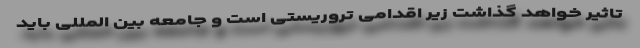
تاثیر خواهد گذاشت زیر اقدامی تروریستی است و جامعه بین المللی باید